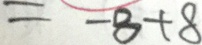
= - 8 + 8